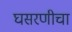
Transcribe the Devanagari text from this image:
घसरणीचा